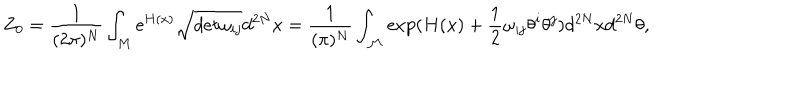
Z _ { 0 } = \frac 1 { ( 2 \pi ) ^ { N } } \int _ { M } \mathrm { e } ^ { H ( x ) } \sqrt { d e t \omega _ { i j } } d ^ { 2 N } x = \frac 1 { ( \pi ) ^ { N } } \int _ { { \cal M } } \exp ( { H ( x ) + \frac 1 2 \omega _ { i j } \theta ^ { i } \theta ^ { j } ) } d ^ { 2 N } x d ^ { 2 N } \theta ,